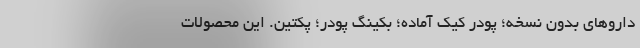
داروهای بدون نسخه؛ پودر کیک آماده؛ بکینگ پودر؛ پکتین. این محصولات